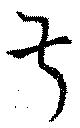
叔